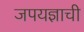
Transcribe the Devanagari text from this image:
जपयज्ञाची